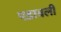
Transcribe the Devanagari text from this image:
पडावली